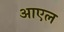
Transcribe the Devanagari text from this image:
आएल